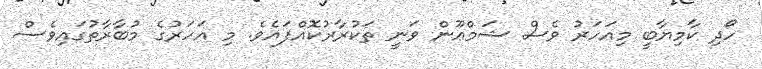
ހޯދި ކާމިޔާބީ މިއަހަރު ވެސް ޝަމްޢޫން ވަނީ ތަކުރާރުކޮއްފައެވެ. މި އަހަރުގެ މުބާރާތުގައިވެސް